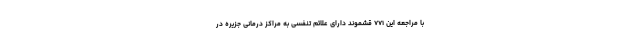
با مراجعه این ۷۷۱ قشموند دارای علائم تنفسی به مراکز درمانی جزیره در